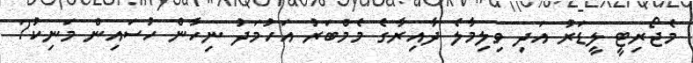
މެޖޯރިޓީ ލީޑަރު އަދި ވިލިމާލެ ދާއިރާގެ މެމްބަރު އަހުމަދު ނިހާން ހުސައިން މަނިކު?